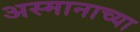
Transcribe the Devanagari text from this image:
अस्मानाच्या